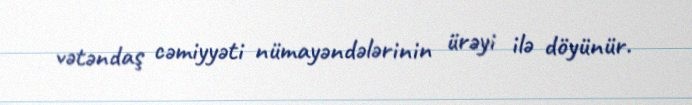
vətəndaş cəmiyyəti nümayəndələrinin ürəyi ilə döyünür.